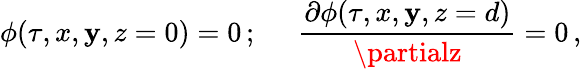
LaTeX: \phi(\tau,x,\mathbf{y},z=0)=0\, ;\; \; \; \; \; {\frac{{\partial\phi(\tau,x,\mathbf{y},z=d)}}{{\partialz}}}=0\, ,